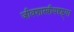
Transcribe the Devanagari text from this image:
जीवशास्त्रीयदृष्ट्या